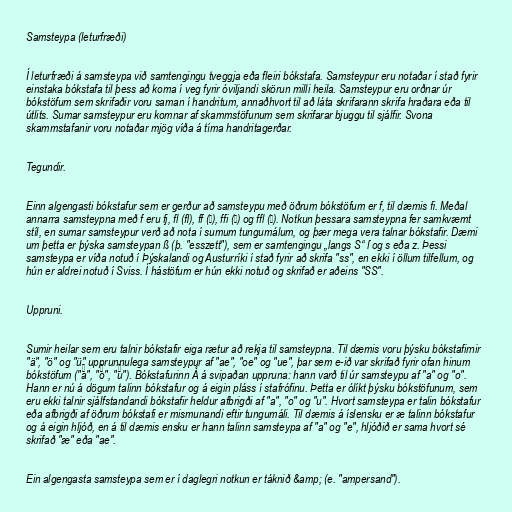
Samsteypa (leturfræði)

Í leturfræði á samsteypa við samtengingu tveggja eða fleiri bókstafa. Samsteypur eru notaðar í stað fyrir
einstaka bókstafa til þess að koma í veg fyrir óviljandi skörun milli heila. Samsteypur eru orðnar úr
bókstöfum sem skrifaðir voru saman í handritum, annaðhvort til að láta skrifarann skrifa hraðara eða til
útlits. Sumar samsteypur eru komnar af skammstöfunum sem skrifarar bjuggu til sjálfir. Svona
skammstafanir voru notaðar mjög víða á tíma handritagerðar.

Tegundir.

Einn algengasti bókstafur sem er gerður að samsteypu með öðrum bókstöfum er f, til dæmis ﬁ. Meðal
annarra samsteypna með f eru fj, fl (ﬂ), ff (ﬀ), ffi (ﬃ) og ffl (ﬄ). Notkun þessara samsteypna fer samkvæmt
stíl, en sumar samsteypur verð að nota í sumum tungumálum, og þær mega vera talnar bókstafir. Dæmi
um þetta er þýska samsteypan ß (þ. "esszett"), sem er samtengingu „langs S“ ſ og s eða z. Þessi
samsteypa er víða notuð í Þýskalandi og Austurríki í stað fyrir að skrifa "ss", en ekki í öllum tilfellum, og
hún er aldrei notuð í Sviss. Í hástöfum er hún ekki notuð og skrifað er aðeins "SS".

Uppruni.

Sumir heilar sem eru talnir bókstafir eiga rætur að rekja til samsteypna. Til dæmis voru þýsku bókstafirnir
"ä", "ö" og "ü" upprunnulega samsteypur af "ae", "oe" og "ue", þar sem e-ið var skrifað fyrir ofan hinum
bókstöfum ("aͤ", "oͤ", "uͤ"). Bókstafurinn Å á svipaðan uppruna: hann varð til úr samsteypu af "a" og "o".
Hann er nú á dögum talinn bókstafur og á eigin pláss í stafrófinu. Þetta er ólíkt þýsku bókstöfunum, sem
eru ekki talnir sjálfstandandi bókstafir heldur afbrigði af "a", "o" og "u". Hvort samsteypa er talin bókstafur
eða afbrigði af öðrum bókstafi er mismunandi eftir tungumáli. Til dæmis á íslensku er æ talinn bókstafur
og á eigin hljóð, en á til dæmis ensku er hann talinn samsteypa af "a" og "e", hljóðið er sama hvort sé
skrifað "æ" eða "ae".

Ein algengasta samsteypa sem er í daglegri notkun er táknið &amp; (e. "ampersand").